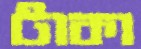
টাকা